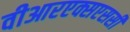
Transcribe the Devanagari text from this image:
वीआरएक्सएससी